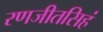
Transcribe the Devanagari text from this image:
रणजीतसिहं